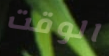
الوقت